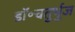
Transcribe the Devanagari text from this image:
डॉ॰चतुर्भुज